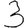
Digit: 3